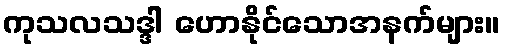
ကုသလသဒ္ဒါ ဟောနိုင်သောအနက်များ။